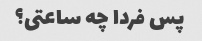
پس فردا چه ساعتی؟